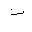
Letter: _ta